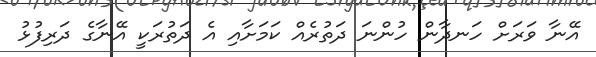
އޭނާ ވަރަށް ހަނދާން ހުންނަ ދަތުރެއް ކަމަށާއި އެ ދަތުރަކީ އޭނާގެ ދަރިފުޅު